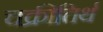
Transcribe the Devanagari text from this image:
चक्रीतिर्थ